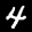
Label: 4